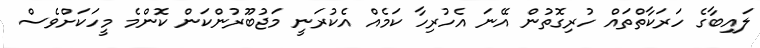
ލައިބާގެ ހަރަކާތްތައް ހުރިގޮތުން އޭނަ އެހުރިހާ ކަމެއް އެކުރަނީ މަޖުބޫރުންކަން ކޮންމެ މީހަކަށްވެސް